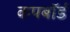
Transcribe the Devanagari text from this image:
कपबाॅर्ड